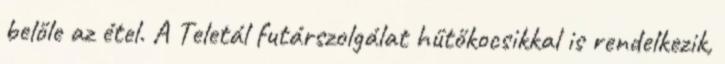
belőle az étel. A Teletál futárszolgálat hűtőkocsikkal is rendelkezik,